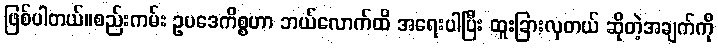
ဖြစ်ပါတယ်။စည်းကမ်း ဥပဒေကိစ္စဟာ ဘယ်လောက်ထိ အရေးပါပြီး ထူးခြားလှတယ် ဆိုတဲ့အချက်ကို